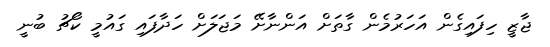
ޖާޒީ ހިފައިގެން އަހަރުމެން ގާތަށް އަންނާށޭ މަޖަލަށް ހަދާފައި ގައުމީ ކޯޗު ބުނީ